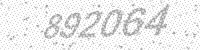
Solution: 892064